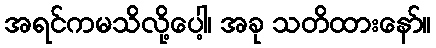
အရင်ကမသိလို့ပေါ့၊ အခု သတိထားနော်။